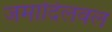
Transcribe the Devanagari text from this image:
जमादिलवल